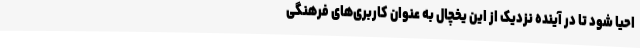
احیا شود تا در آینده نزدیک از این یخچال به عنوان کاربری‌های فرهنگی